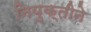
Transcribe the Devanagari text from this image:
नियुक्तीने